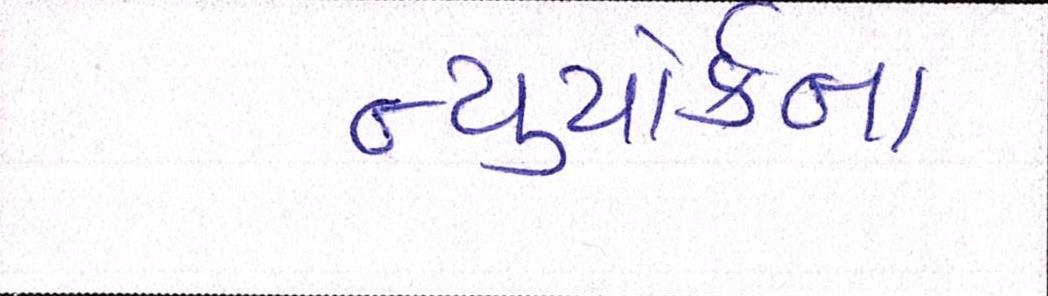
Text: ન્યુયોર્કના